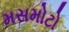
મસમોટો